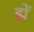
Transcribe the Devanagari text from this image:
ह्में